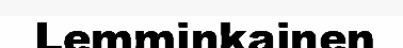
Lemminkainen